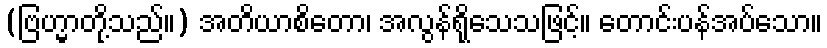
(ဗြဟ္မာတို့သည်။) အတိယာစိတော၊ အလွန်ရိုသေသဖြင့်။ တောင်းပန်အပ်သော။